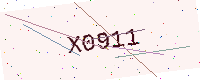
Text: X0911